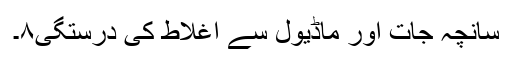
سانچہ جات اور ماڈیول سے اغلاط کی درستگی۸۔